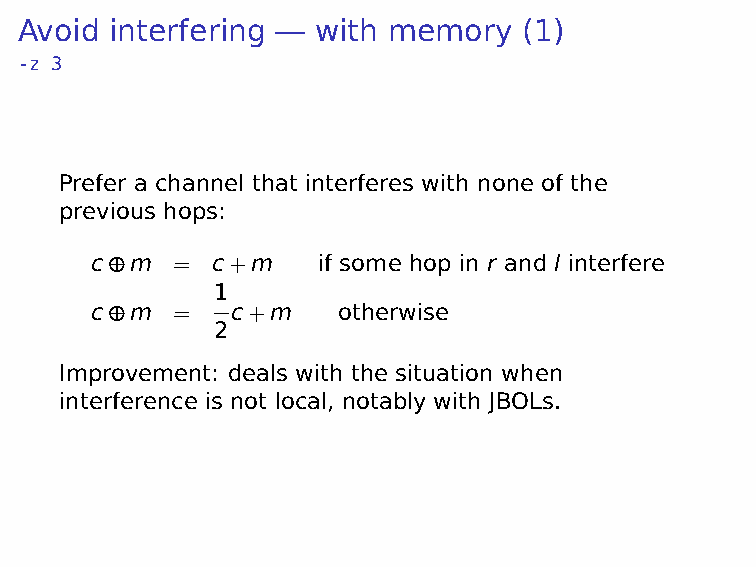
Avoid interfering — with memory   (1)
 -z 3
 Prefer a channel that interferes with none of the
 previous hops:
 c⊕m  =  c+m    if some hop in r and l interfere
 1
 c⊕m  =   c+m    otherwise
 2
 Improvement: deals with the situation when
 interference is not local, notably with JBOLs.